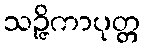
သဉ္ဇိကာပုတ္တ